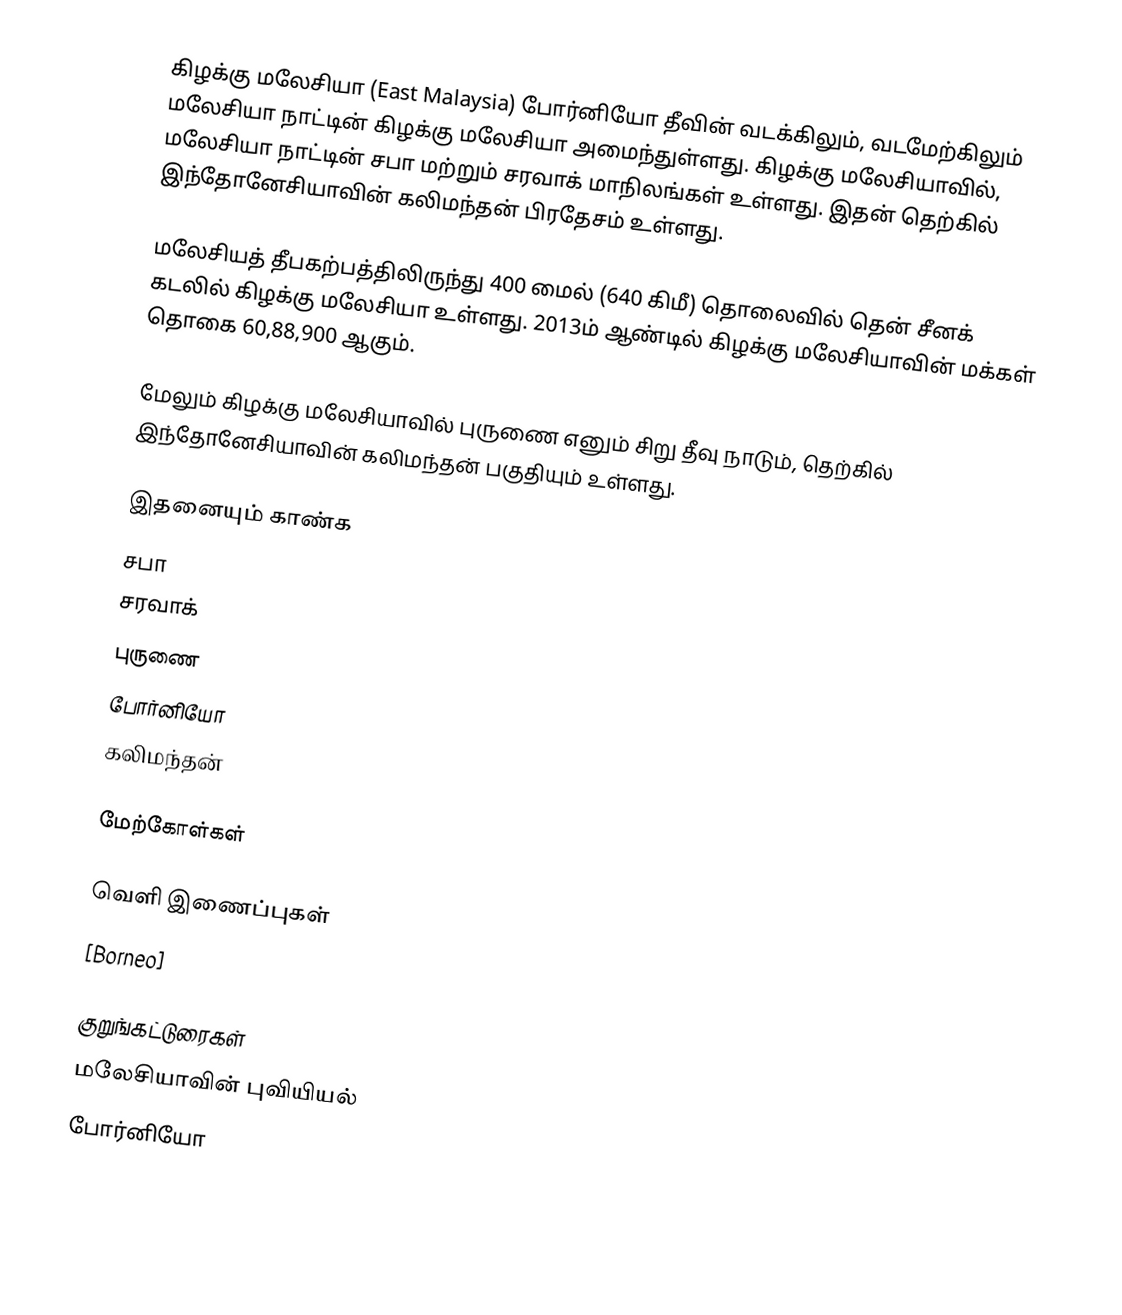
கிழக்கு மலேசியா (East Malaysia) போர்னியோ தீவின் வடக்கிலும், வடமேற்கிலும் மலேசியா நாட்டின் கிழக்கு மலேசியா அமைந்துள்ளது. கிழக்கு மலேசியாவில், மலேசியா நாட்டின் சபா மற்றும் சரவாக்  மாநிலங்கள் உள்ளது.  இதன் தெற்கில் இந்தோனேசியாவின் கலிமந்தன் பிரதேசம் உள்ளது.

மலேசியத் தீபகற்பத்திலிருந்து 400 மைல் (640 கிமீ) தொலைவில் தென் சீனக் கடலில்  கிழக்கு மலேசியா உள்ளது. 2013ம் ஆண்டில் கிழக்கு மலேசியாவின் மக்கள் தொகை 60,88,900 ஆகும்.

மேலும் கிழக்கு மலேசியாவில் புருணை எனும் சிறு தீவு நாடும், தெற்கில் இந்தோனேசியாவின்  கலிமந்தன்  பகுதியும் உள்ளது.

இதனையும் காண்க
 சபா
 சரவாக்
 புருணை
 போர்னியோ
 கலிமந்தன்

மேற்கோள்கள்

வெளி இணைப்புகள்
[Borneo]

குறுங்கட்டுரைகள்
மலேசியாவின் புவியியல்
போர்னியோ